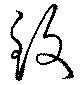
致